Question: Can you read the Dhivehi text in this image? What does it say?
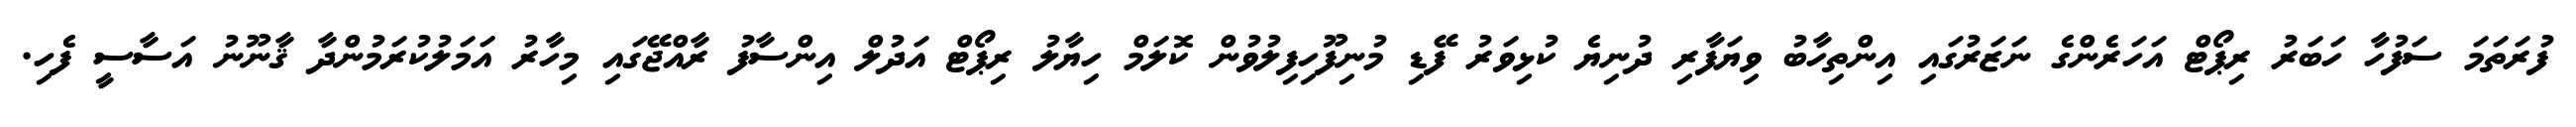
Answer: ފުރަތަމަ ސަފުހާ ހަބަރު ރިޕޯޓް އަހަރެންގެ ނަޒަރުގައި އިންތިހާބު ވިޔަފާރި ދުނިޔެ ކުޅިވަރު ފޭޑި މުނިފޫހިފިލުވުން ކޮލަމް ހިޔާލު ރިޕޯޓް އަދުލް އިންސާފު ރާއްޖޭގައި މިހާރު އަމަލުކުރަމުންދާ ޤާނޫނު އަސާސީ ފެހި.